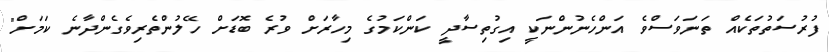
ފުރުސަތުތަކެއް ތަނަވަސްވެ އަންހެނުންނަކީ އިގުތިސާދީ ކަންކަމުގެ މިހާރަށް ވުރެ ބޮޑަށް ހޭލުންތެރިވެގެންދާނެ ކަމަށް"